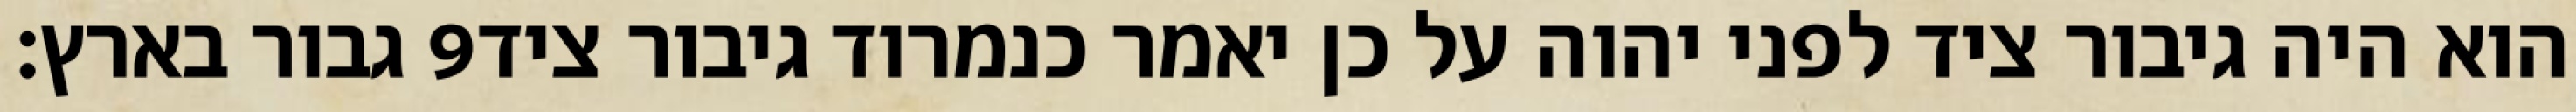
גבור בארץ׃ ‎9‏ הוא היה גיבור ציד לפני יהוה על כן יאמר כנמרוד גיבור ציד